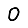
Digit: 0